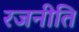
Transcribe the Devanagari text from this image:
रजनीति